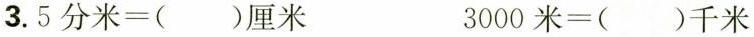
3.$$5 分 米 = ( ) 厘 米$$ $$3 0 0 0 米 = ( ) 千 米$$